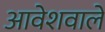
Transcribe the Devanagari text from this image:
आवेशवाले